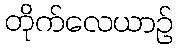
တိုက်လေယာဉ်